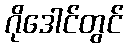
ဂိုဒေါင်တွင်